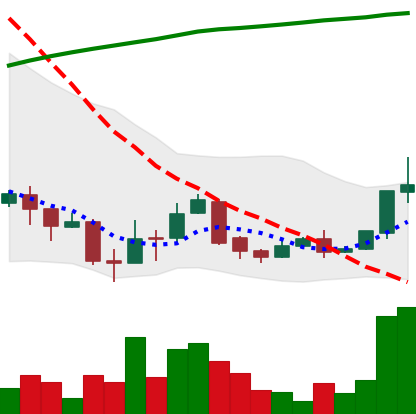
Ticker: XLM-USD
Chart end date: 2018-04-13
Forward return: 42.736%
Label: up_7plus